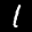
Label: 1